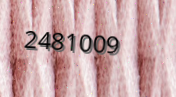
2481009